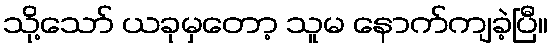
သို့သော် ယခုမှတော့ သူမ နောက်ကျခဲ့ပြီ။